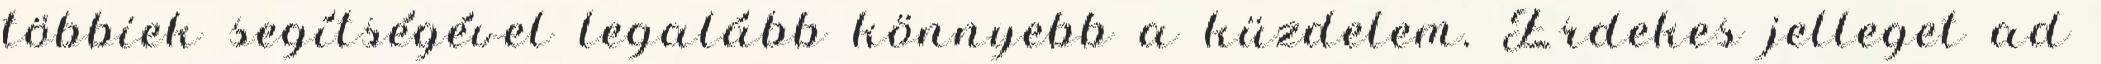
többiek segítségével legalább könnyebb a küzdelem. Érdekes jelleget ad